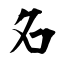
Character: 名